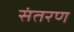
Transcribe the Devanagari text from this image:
संतरण